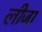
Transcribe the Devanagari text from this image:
लीजा़